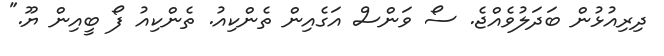
ދިރިއުޅުން ބަދަލުވެއްޖެ. ސޯ ވަންސް އަގެއިން ތެންކިއު. ތެންކިއު ފޯ ބީއިން ޔޫ."